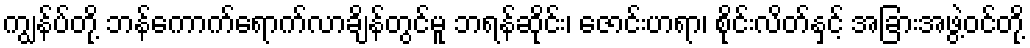
ကျွန်ပ်တို့ ဘန်ကောက်ရောက်လာချိန်တွင်မူ ဘရန်ဆိုင်း၊ ဇောင်းဟရာ၊ စိုင်းလိတ်နှင့် အခြားအဖွဲ့ဝင်တို့